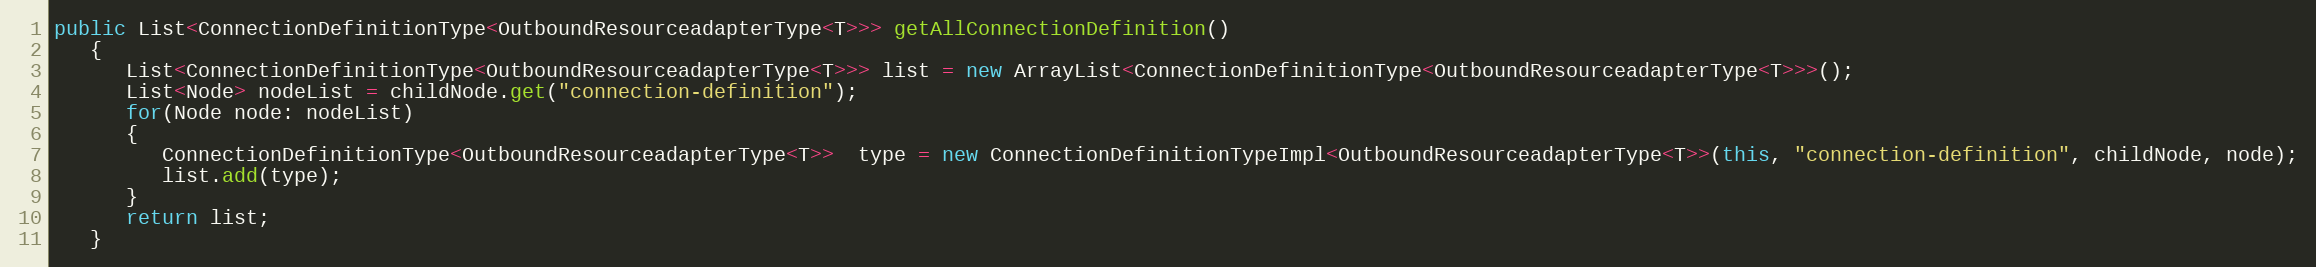
Language: Java
public List<ConnectionDefinitionType<OutboundResourceadapterType<T>>> getAllConnectionDefinition()
   {
      List<ConnectionDefinitionType<OutboundResourceadapterType<T>>> list = new ArrayList<ConnectionDefinitionType<OutboundResourceadapterType<T>>>();
      List<Node> nodeList = childNode.get("connection-definition");
      for(Node node: nodeList)
      {
         ConnectionDefinitionType<OutboundResourceadapterType<T>>  type = new ConnectionDefinitionTypeImpl<OutboundResourceadapterType<T>>(this, "connection-definition", childNode, node);
         list.add(type);
      }
      return list;
   }